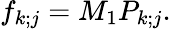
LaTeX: f_{k;j}=M_{1}P_{k;j}.